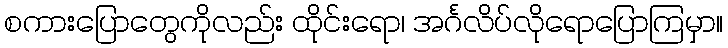
စကားပြောတွေကိုလည်း ထိုင်းရော၊ အင်္ဂလိပ်လိုရောပြောကြမှာ။